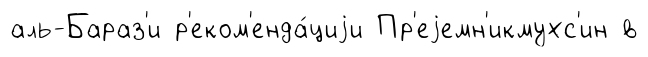
аль-Бараз'и р'еком'енда́циjи Пр'еjемн'икмухс'ин в